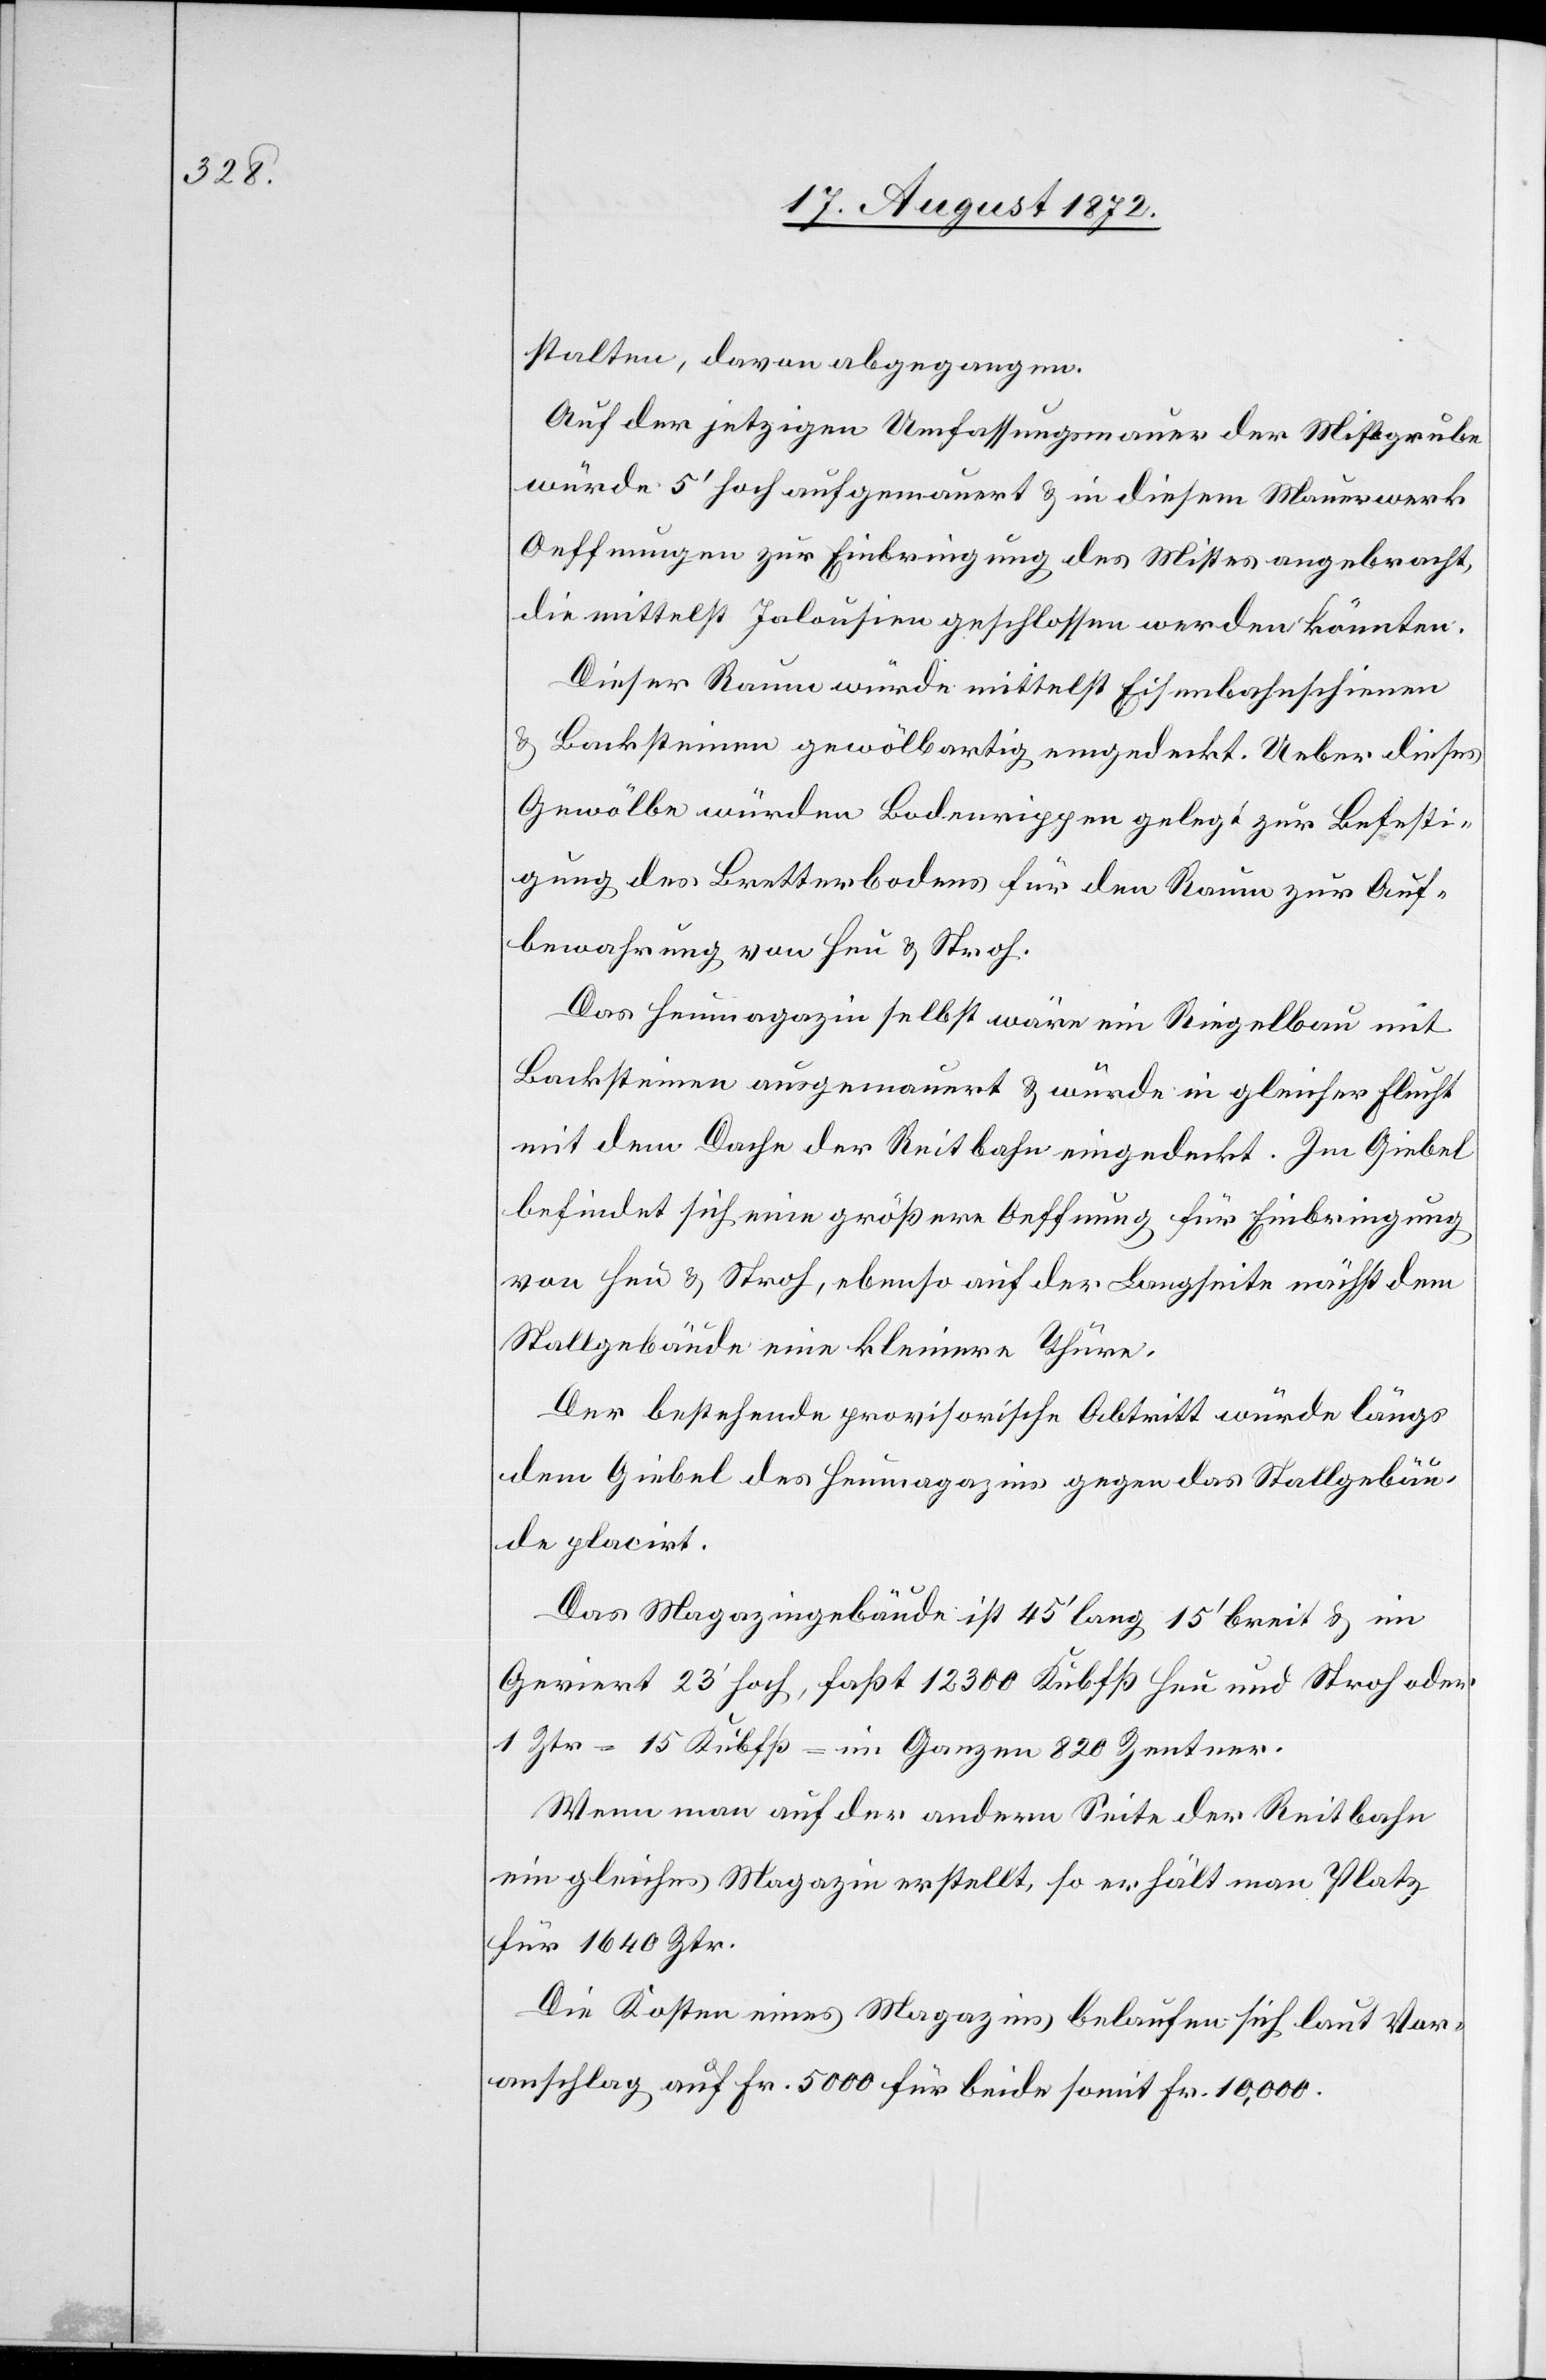
stalten, davon abgegangen.
Auf der jetzigen Umfassungsmauer der Mistgrube
würde 5’ hoch aufgemauert u. in diesem Mauerwerk
Oeffnungen zur Einbringung des Mistes angebracht,
die mittelst Jalousien geschlossen werden könnten.
Dieser Raum würde mittelst Eisenbahnschienen
u. Backsteinen gewölbartig eingedeckt. Ueber dieses
Gewölbe würden Bodenrippen gelegt zur Befesti¬
gung des Bretterbodens für den Raum zur Auf¬
bewahrung von Heu u. Stroh.
Das Heumagazin selbst wäre ein Riegelbau mit
Backsteinen ausgemauert u. würde in gleicher Flucht
mit dem Dache der Reitbahn eingedeckt. Im Giebel
befindet sich eine größere Oeffnung für Einbringung
von Heu u. Stroh, ebenso auf der Langseite nächst dem
Stallgebäude eine kleinere Thüre.
Der bestehende provisorische Abtritt würde längs
dem Giebel des Heumagazins gegen das Stallgebäu¬
de placirt.
Das Magazingebäude ist 45’ lang 15’ breit u. im
Geviert 23’ hoch, faßt 12 300 Kubfß Heu und Stroh oder
1 Ztr = 15 Kubfß = im Ganzen 820 Zentner.
Wenn man auf der andern Seite der Reitbahn
ein gleiches Magazin erstellt, so erhält man Platz
für 1640 Ztr.
Die Kosten eines Magazins belaufen sich laut Vor¬
anschlag auf Fr. 5000 für beide somit Fr. 10,000.